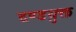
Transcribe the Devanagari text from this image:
दण्डयुक्त